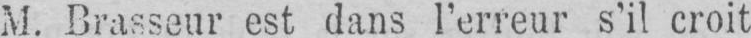
M. Brasseur est dans l’erreur s’il croit